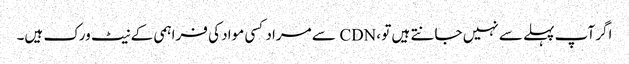
اگر آپ پہلے سے نہیں جانتے ہیں تو ، CDN سے مراد کسی مواد کی فراہمی کے نیٹ ورک ہیں۔